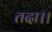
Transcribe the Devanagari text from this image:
तदा।।